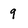
Character: 9